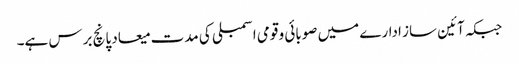
جبکہ آئین ساز ادارے میں صوبائی و قومی اسمبلی کی مدت میعاد پانچ برس ہے۔